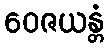
ဝေဇယန္တံ